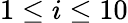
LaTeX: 1\leq i\leq 10